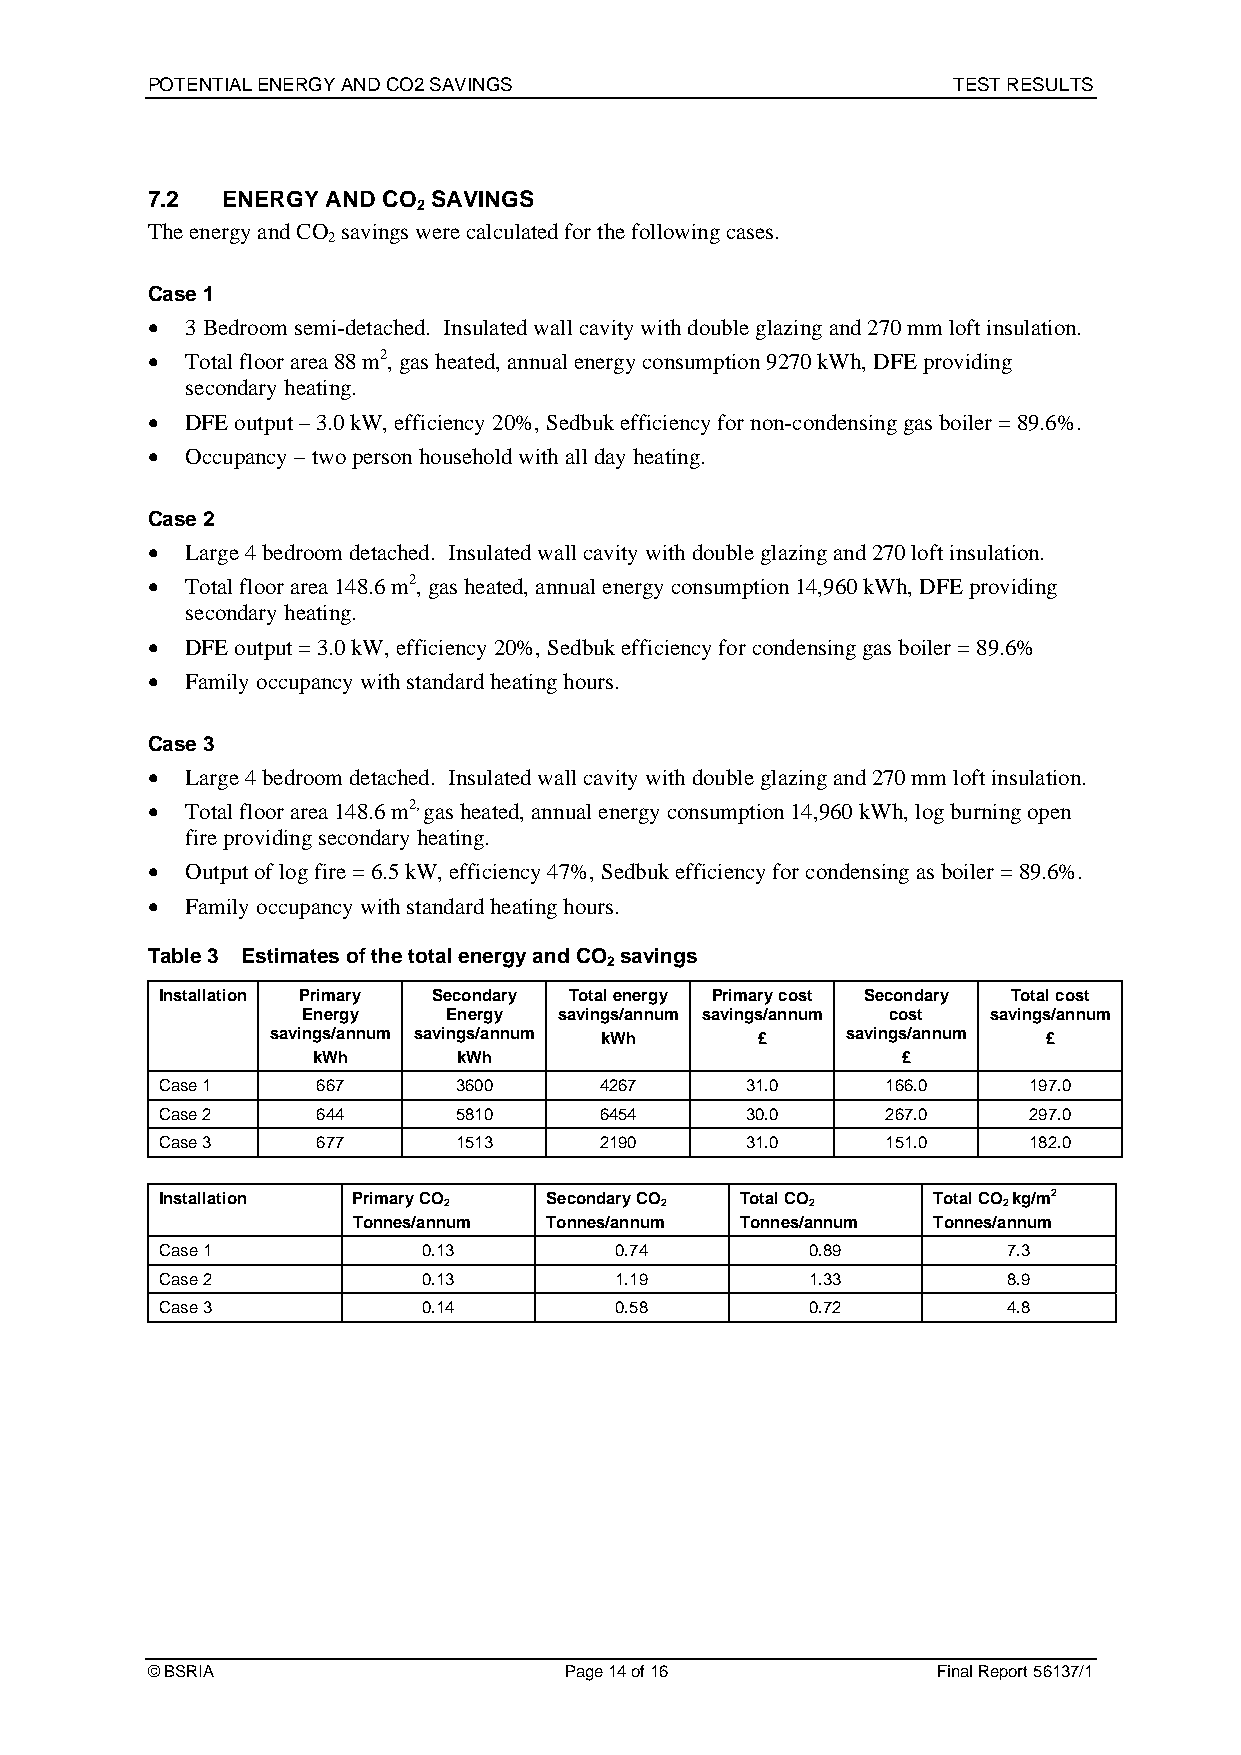
POTENTIAL ENERGY AND CO2 SAVINGS                     TEST RESULTS
 7.2  ENERGY AND CO SAVINGS
 2
 The energy and CO savings were calculated for the following cases.
 2
 Case 1
  3 Bedroom semi-detached. Insulated wall cavity with double glazing and 270 mm loft insulation.
  Total floor area 88 m2, gas heated, annual energy consumption 9270 kWh, DFE providing
 secondary heating.
  DFE output – 3.0 kW, efficiency 20%, Sedbuk efficiency for non-condensing gas boiler = 89.6%.
  Occupancy – two person household with all day heating.
 Case 2
  Large 4 bedroom detached. Insulated wall cavity with double glazing and 270 loft insulation.
  Total floor area 148.6 m2, gas heated, annual energy consumption 14,960 kWh, DFE providing
 secondary heating.
  DFE output = 3.0 kW, efficiency 20%, Sedbuk efficiency for condensing gas boiler = 89.6%
  Family occupancy with standard heating hours.
 Case 3
  Large 4 bedroom detached. Insulated wall cavity with double glazing and 270 mm loft insulation.
  Total floor area 148.6 m2, gas heated, annual energy consumption 14,960 kWh, log burning open
 fire providing secondary heating.
  Output of log fire = 6.5 kW, efficiency 47%, Sedbuk efficiency for condensing as boiler = 89.6%.
  Family occupancy with standard heating hours.
 Table 3 Estimates of the total energy and CO savings
 2
 Installation Primary Secondary Total energy Primary cost Secondary Total cost
 Energy    Energy savings/annum savings/annum cost savings/annum
 savings/annum savings/annum kWh £     savings/annum £
 kWh      kWh                           £
 Case 1    667      3600      4267     31.0      166.0    197.0
 Case 2    644      5810      6454     30.0      267.0    297.0
 Case 3    677      1513      2190     31.0      151.0    182.0
 Installation Primary CO  Secondary CO Total CO     Total CO kg/m2
 2              2         2           2
 Tonnes/annum Tonnes/annum Tonnes/annum Tonnes/annum
 Case 1           0.13         0.74         0.89         7.3
 Case 2           0.13         1.19         1.33         8.9
 Case 3           0.14         0.58         0.72         4.8
 © BSRIA                    Page 14 of 16            Final Report 56137/1